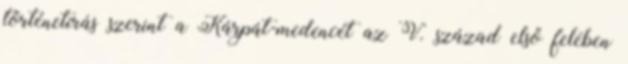
történetírás szerint a Kárpát-medencét az V. század első felében